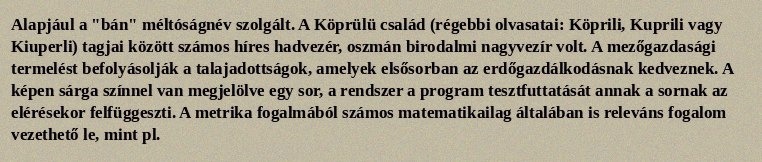
Alapjául a "bán" méltóságnév szolgált. A Köprülü család (régebbi olvasatai: Köprili, Kuprili vagy Kiuperli) tagjai között számos híres hadvezér, oszmán birodalmi nagyvezír volt. A mezőgazdasági termelést befolyásolják a talajadottságok, amelyek elsősorban az erdőgazdálkodásnak kedveznek. A képen sárga színnel van megjelölve egy sor, a rendszer a program tesztfuttatását annak a sornak az elérésekor felfüggeszti. A metrika fogalmából számos matematikailag általában is releváns fogalom vezethető le, mint pl.